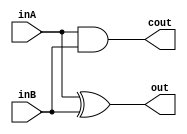
module half_add(inA, inB, cout, out);
	input inA, inB;
	output cout, out;
	
	xor gate1(out, inA, inB);
	and gate2(cout, inA, inB);
	
endmodule